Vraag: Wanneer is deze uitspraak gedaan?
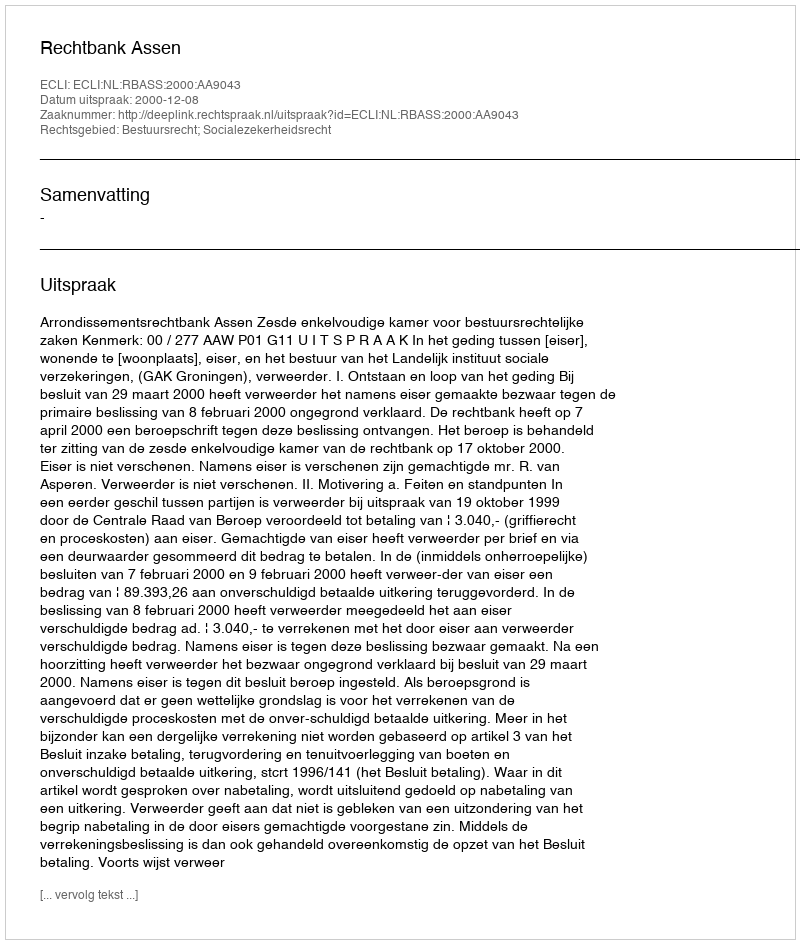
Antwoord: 2000-12-08